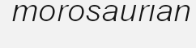
morosaurian